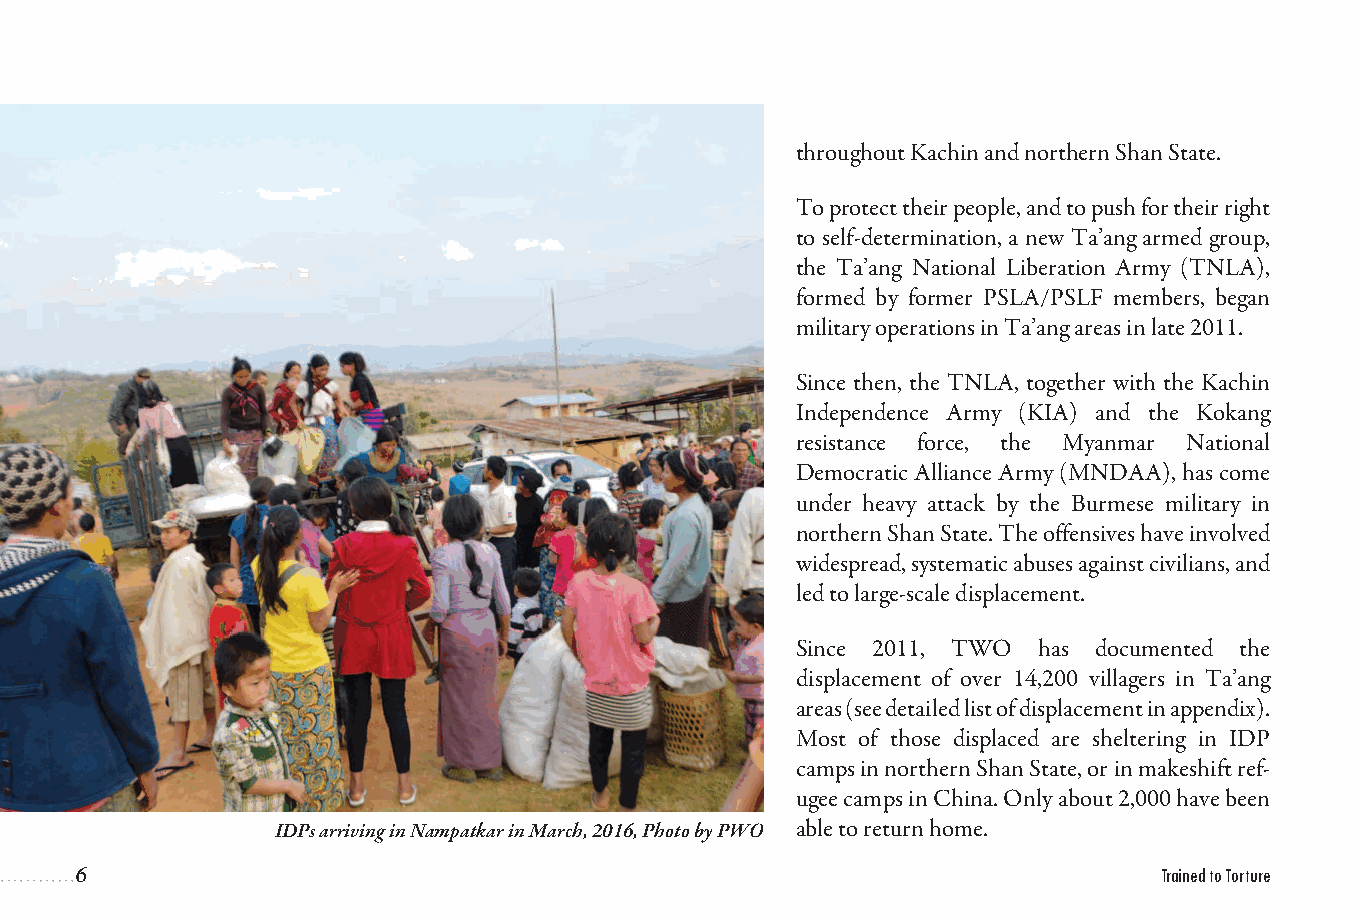
throughout Kachin and northern Shan State.
 To protect their people, and to push for their right
 to self-determination, a new Ta’ang armed group,
 the Ta’ang National Liberation Army (TNLA),
 formed by former PSLA/PSLF members, began
 military operations in Ta’ang areas in late 2011.
 Since then, the TNLA, together with the Kachin
 Independence Army (KIA) and the Kokang
 resistance force, the Myanmar National
 Democratic Alliance Army (MNDAA), has come
 under heavy attack by the Burmese military in
 northern Shan State. The offensives have involved
 widespread, systematic abuses against civilians, and
 led to large-scale displacement.
 Since 2011, TWO has documented the
 displacement of over 14,200 villagers in Ta’ang
 areas (see detailed list of displacement in appendix).
 Most of those displaced are sheltering in IDP
 camps in northern Shan State, or in makeshift ref-
 ugee camps in China. Only about 2,000 have been
 IDPs arriving in Nampatkar in March, 2016, Photo by PWO able to return home.
 6                                                                       Trained to Torture